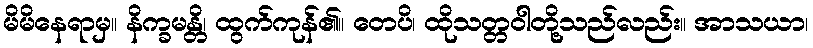
မိမိနေရာမှ။ နိက္ခမန္တိ၊ ထွက်ကုန်၏။ တေပိ၊ ထိုသတ္တဝါတို့သည်လည်း။ အာသယာ၊